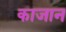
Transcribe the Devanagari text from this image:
काजान